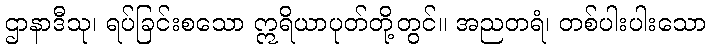
ဌာနာဒီသု၊ ရပ်ခြင်းစသော ဣရိယာပုတ်တို့တွင်။ အညတရံ၊ တစ်ပါးပါးသော